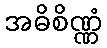
အဓိစိဏ္ဏံ